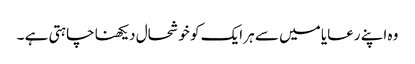
وہ اپنے رعایا میں سے ہر ایک کو خوشحال دیکھنا چاہتی ہے ۔